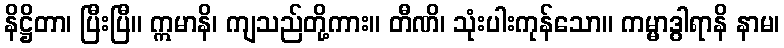
နိဋ္ဌိတာ၊ ပြီးပြီ။ ဣမာနိ၊ ကျသည်တို့ကား။ တီဏိ၊ သုံးပါးကုန်သော။ ကမ္မာဒွါရာနိ နာမ၊